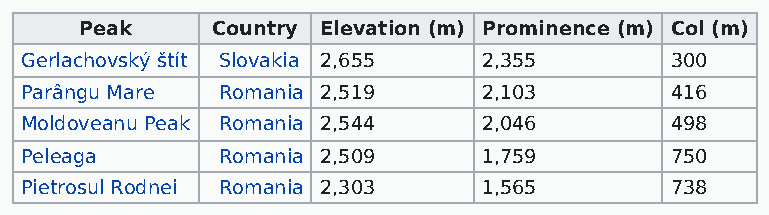
Peak     Country Elevation (m) Prominence (m) Col (m)
 Gerlachovský štít Slovakia 2,655 2,355     300
 Parângu Mare Romania 2,519     2,103       416
 Moldoveanu Peak Romania 2,544  2,046       498
 Peleaga      Romania 2,509     1,759       750
 Pietrosul Rodnei Romania 2,303 1,565       738